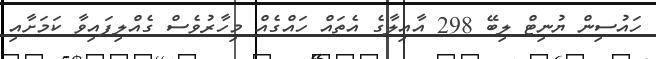
ހައުސިން ޔުނިޓް ލިބޭ 298 އާއިލާގެ އެތައް ހައްގެއް މިހާރުވެސް ގެއްލިފައިވާ ކަމަށާއި